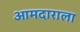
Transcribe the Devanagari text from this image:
आमदाराला